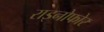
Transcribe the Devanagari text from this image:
राइनोफोर